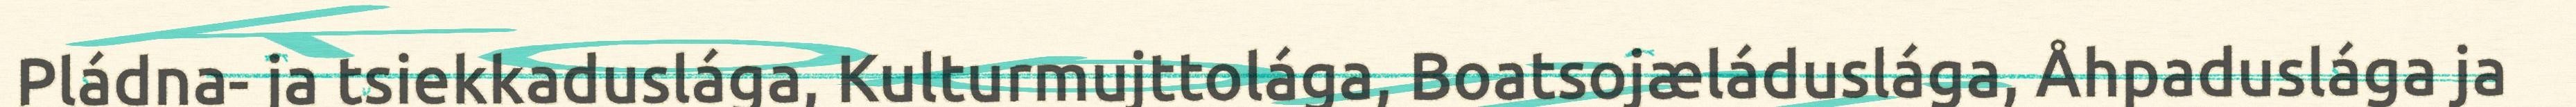
Pládna- ja tsiekkaduslága, Kulturmujttolága, Boatsojæláduslága, Åhpaduslága ja